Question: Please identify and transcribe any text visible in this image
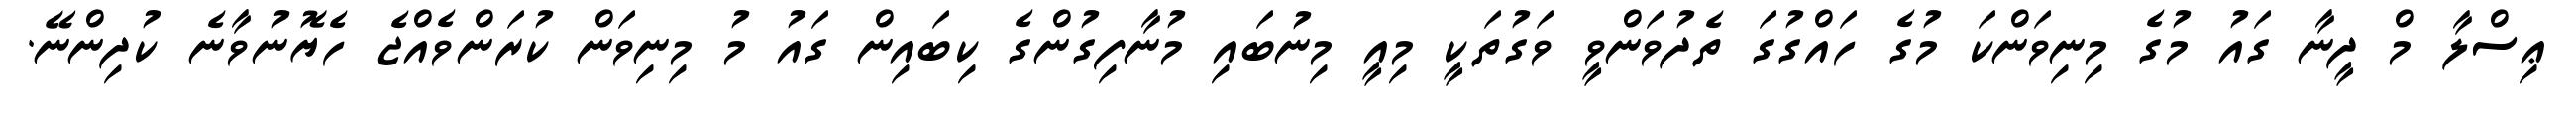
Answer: ޢިސްލާ މް ދީނާ ގައު މުގެ މިނިވަންކަ މުގެ ހައްގުގަ ތެދުވަންވީ ވަގުތަކީ މިއީ މިނުބައި މުނާފިގުންގެ ކިބައިން ގައު މު މިނިވަން ކުރަންވެއްޖެ ހެޔޮނުވާނެ ކުދިންނޭ.